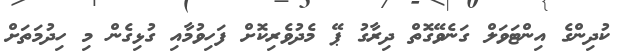
ކުދިންގެ އިންޓަވަލް ގަނެވޭގޮތް ދިރާގު ޕޭ މެދުވެރިކޮށް ފަހިވުމާއި ގުޅިގެން މި ހިދުމަތަށް